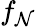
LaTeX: f_{\mathcal{N}}